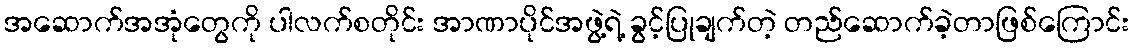
အဆောက်အအုံတွေကို ပါလက်စတိုင်း အာဏာပိုင်အဖွဲ့ရဲ့ ခွင့်ပြုချက်တဲ့ တည်ဆောက်ခဲ့တာဖြစ်ကြောင်း